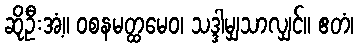
ဆိုဦးအံ့။ ဝစနမတ္ထမေဝ၊ သဒ္ဒါမျှသာလျှင်။ ဧတံ၊